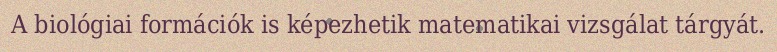
A biológiai formációk is képezhetik matematikai vizsgálat tárgyát.